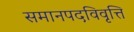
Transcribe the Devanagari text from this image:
समानपदविवृत्ति